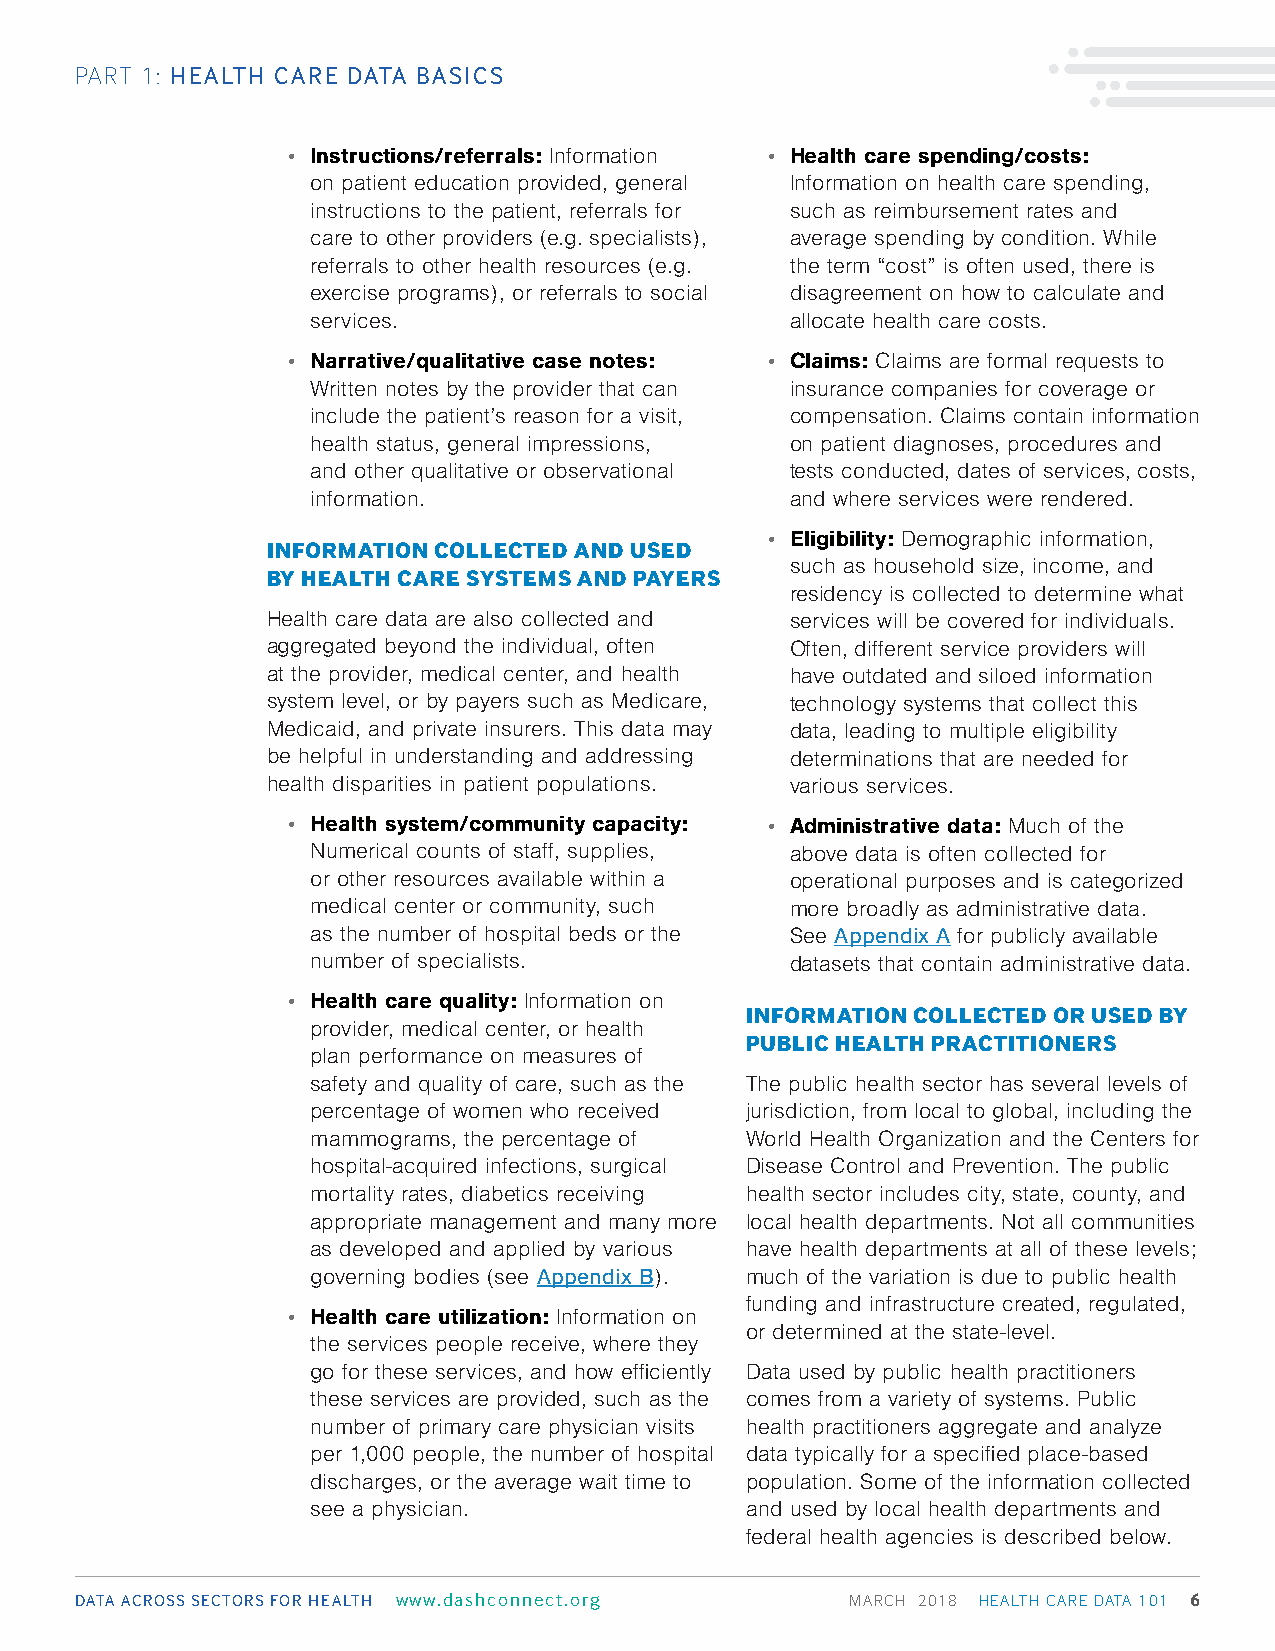
PART 1: HEALTH CARE DATA BASICS
 • Instructions/referrals: Information • Health care spending/costs:
 on patient education provided, general Information on health care spending,
 instructions to the patient, referrals for such as reimbursement rates and
 care to other providers (e.g. specialists), average spending by condition. While
 referrals to other health resources (e.g. the term “cost” is often used, there is
 exercise programs), or referrals to social disagreement on how to calculate and
 services.                      allocate health care costs.
 • Narrative/qualitative case notes: • Claims: Claims are formal requests to
 Written notes by the provider that can insurance companies for coverage or
 include the patient’s reason for a visit, compensation. Claims contain information
 health status, general impressions, on patient diagnoses, procedures and
 and other qualitative or observational tests conducted, dates of services, costs,
 information.                   and where services were rendered.
 • Eligibility: Demographic information,
 INFORMATION COLLECTED AND USED
 such as household size, income, and
 BY HEALTH CARE SYSTEMS AND PAYERS
 residency is collected to determine what
 Health care data are also collected and services will be covered for individuals.
 aggregated beyond the individual, often Often, different service providers will
 at the provider, medical center, and health have outdated and siloed information
 system level, or by payers such as Medicare, technology systems that collect this
 Medicaid, and private insurers. This data may data, leading to multiple eligibility
 be helpful in understanding and addressing determinations that are needed for
 health disparities in patient populations. various services.
 • Health system/community capacity: • Administrative data: Much of the
 Numerical counts of staff, supplies, above data is often collected for
 or other resources available within a operational purposes and is categorized
 medical center or community, such more broadly as administrative data.
 as the number of hospital beds or the See Appendix A for publicly available
 number of specialists.         datasets that contain administrative data.
 • Health care quality: Information on
 INFORMATION COLLECTED OR USED BY
 provider, medical center, or health
 PUBLIC HEALTH PRACTITIONERS
 plan performance on measures of
 safety and quality of care, such as the The public health sector has several levels of
 percentage of women who received jurisdiction, from local to global, including the
 mammograms, the percentage of World Health Organization and the Centers for
 hospital-acquired infections, surgical Disease Control and Prevention. The public
 mortality rates, diabetics receiving health sector includes city, state, county, and
 appropriate management and many more local health departments. Not all communities
 as developed and applied by various have health departments at all of these levels;
 governing bodies (see Appendix B). much of the variation is due to public health
 funding and infrastructure created, regulated,
 • Health care utilization: Information on
 or determined at the state-level.
 the services people receive, where they
 go for these services, and how efficiently Data used by public health practitioners
 these services are provided, such as the comes from a variety of systems. Public
 number of primary care physician visits health practitioners aggregate and analyze
 per 1,000 people, the number of hospital data typically for a specified place-based
 discharges, or the average wait time to population. Some of the information collected
 see a physician.            and used by local health departments and
 federal health agencies is described below.
 DATA ACROSS SECTORS FOR HEALTH www.dashconnect.org MARCH 2018 HEALTH CARE DATA 101 6